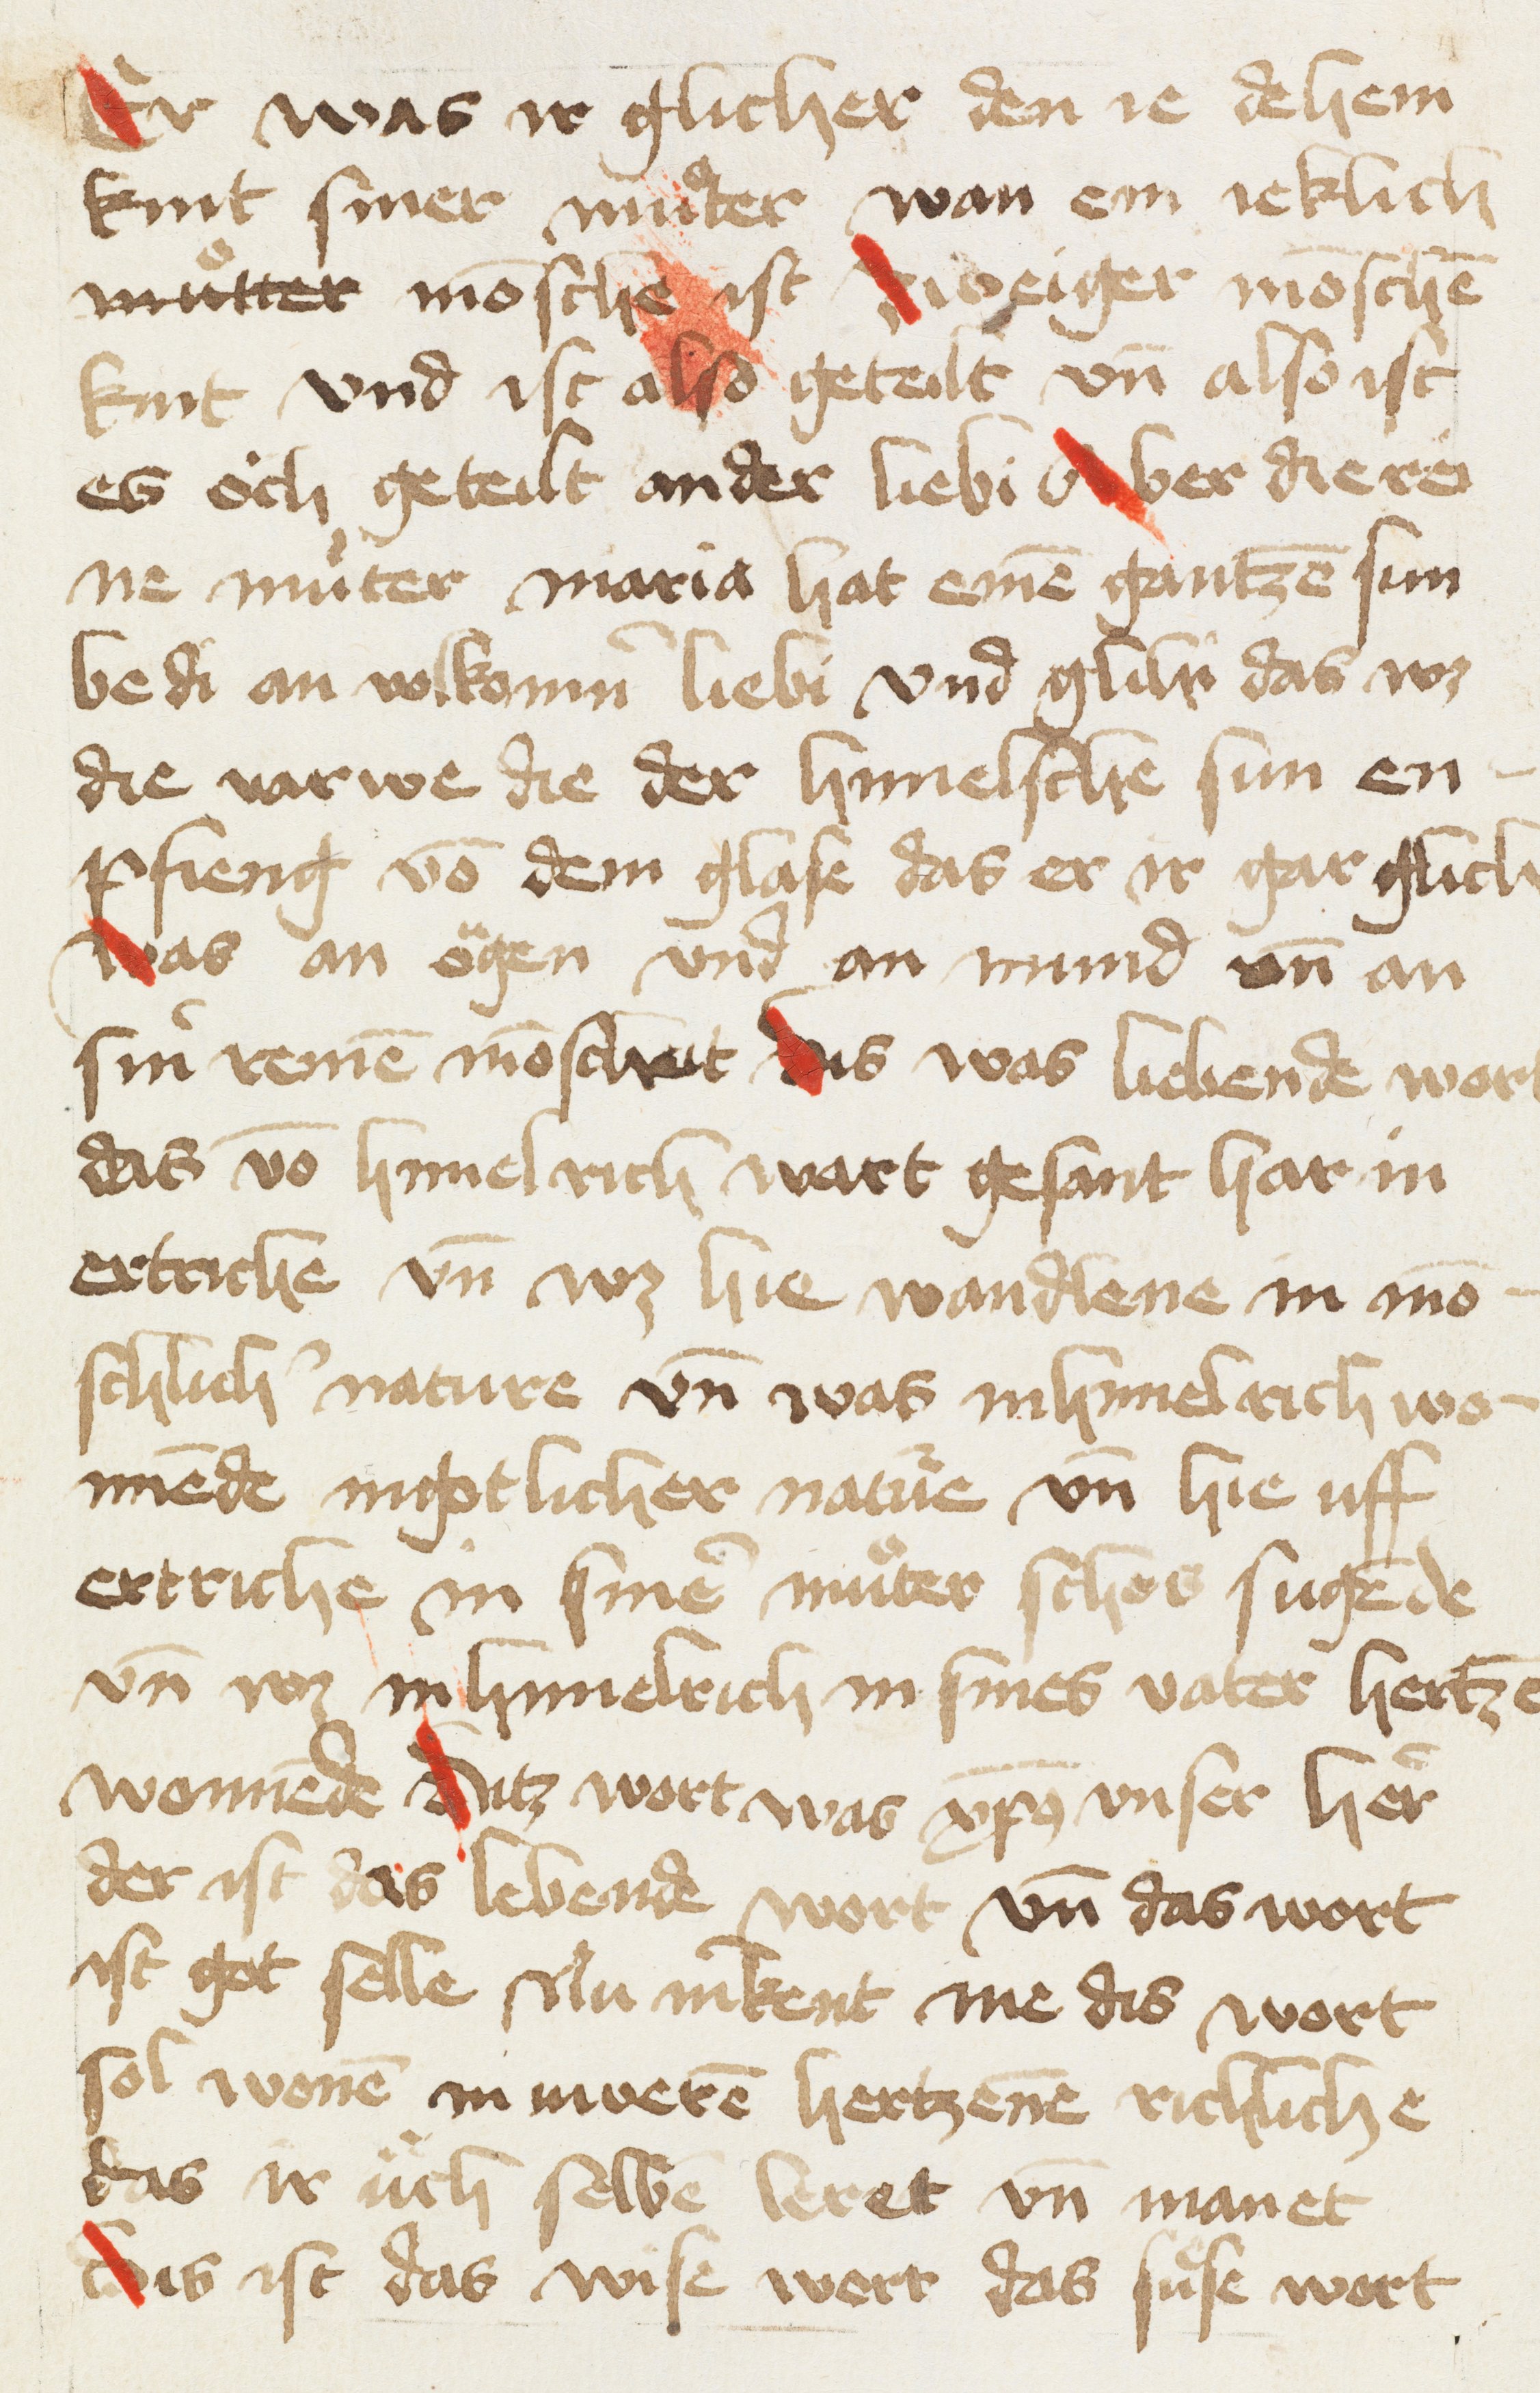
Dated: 1456–1456